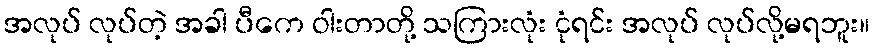
အလုပ် လုပ်တဲ့ အခါ ပီကေ ဝါးတာတို့ သကြားလုံး ငုံရင်း အလုပ် လုပ်လို့မရဘူး။